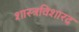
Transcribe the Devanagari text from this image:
शास्त्रविशारद